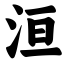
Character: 洹